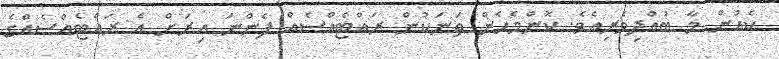
ކެއުން މާ ބުއްދިވެރިއެވެ. ކޮންމެހެން ތަނަކުން ރައްޓެއްސެއް ފެންނަ އިރަށް އެ ރައްޓެއްސެއްގެ